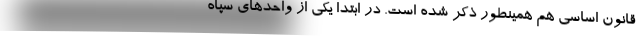
قانون اساسی هم همینطور ذکر شده است. در ابتدا یکی از واحدهای سپاه